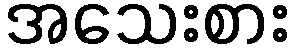
အသေးစား